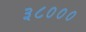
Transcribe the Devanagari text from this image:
३८०००